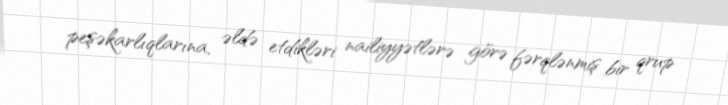
peşəkarlıqlarına, əldə etdikləri nailiyyətlərə görə fərqlənmiş bir qrup